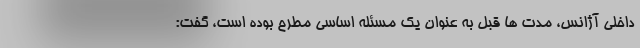
داخلی آژانس، مدت ها قبل به عنوان یک مسئله اساسی مطرح بوده است، گفت: